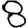
Digit: 8